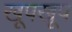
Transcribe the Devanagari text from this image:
खूपखूप